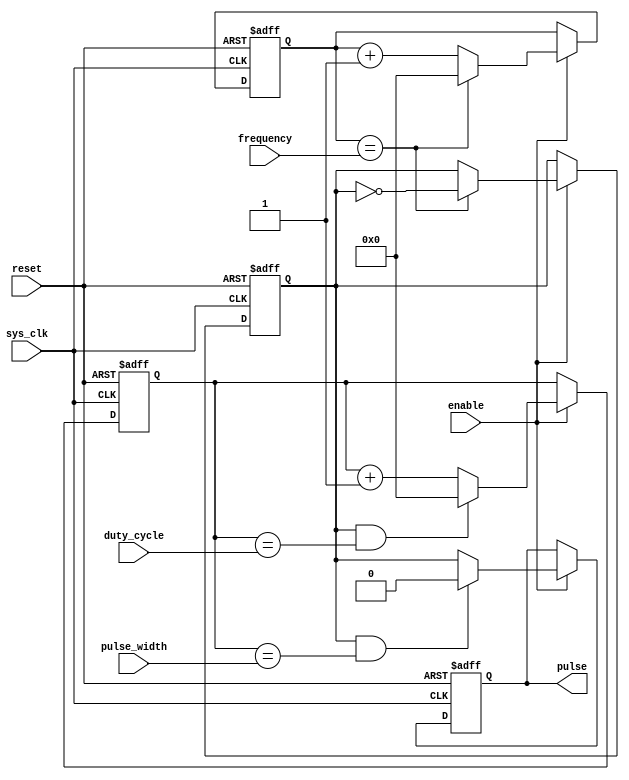
module synchronous_pulse_generator(
    input wire sys_clk,
    input wire reset,
    input wire enable,
    input wire [7:0] frequency,
    input wire [7:0] duty_cycle,
    input wire [7:0] pulse_width,
    output reg pulse
);

reg [7:0] counter;
reg pulse_reg;
reg [7:0] error_counter;

always @ (posedge sys_clk or posedge reset) begin
    if (reset) begin
        counter <= 8'b0;
        pulse_reg <= 1'b0;
        error_counter <= 8'b0;
        pulse <= 1'b0;
    end else if (enable) begin
        if (counter == frequency) begin
            counter <= 8'b0;
            pulse_reg <= ~pulse_reg;
        end else begin
            counter <= counter + 8'b1;
        end
        
        if (pulse_reg == 1'b1 && error_counter == pulse_width) begin
            pulse <= 1'b0;
        end else begin
            pulse <= pulse_reg;
        end
        
        if (pulse_reg == 1'b1 && error_counter == duty_cycle) begin
            error_counter <= 8'b0;
        end else begin
            error_counter <= error_counter + 8'b1;
        end
    end
end

endmodule